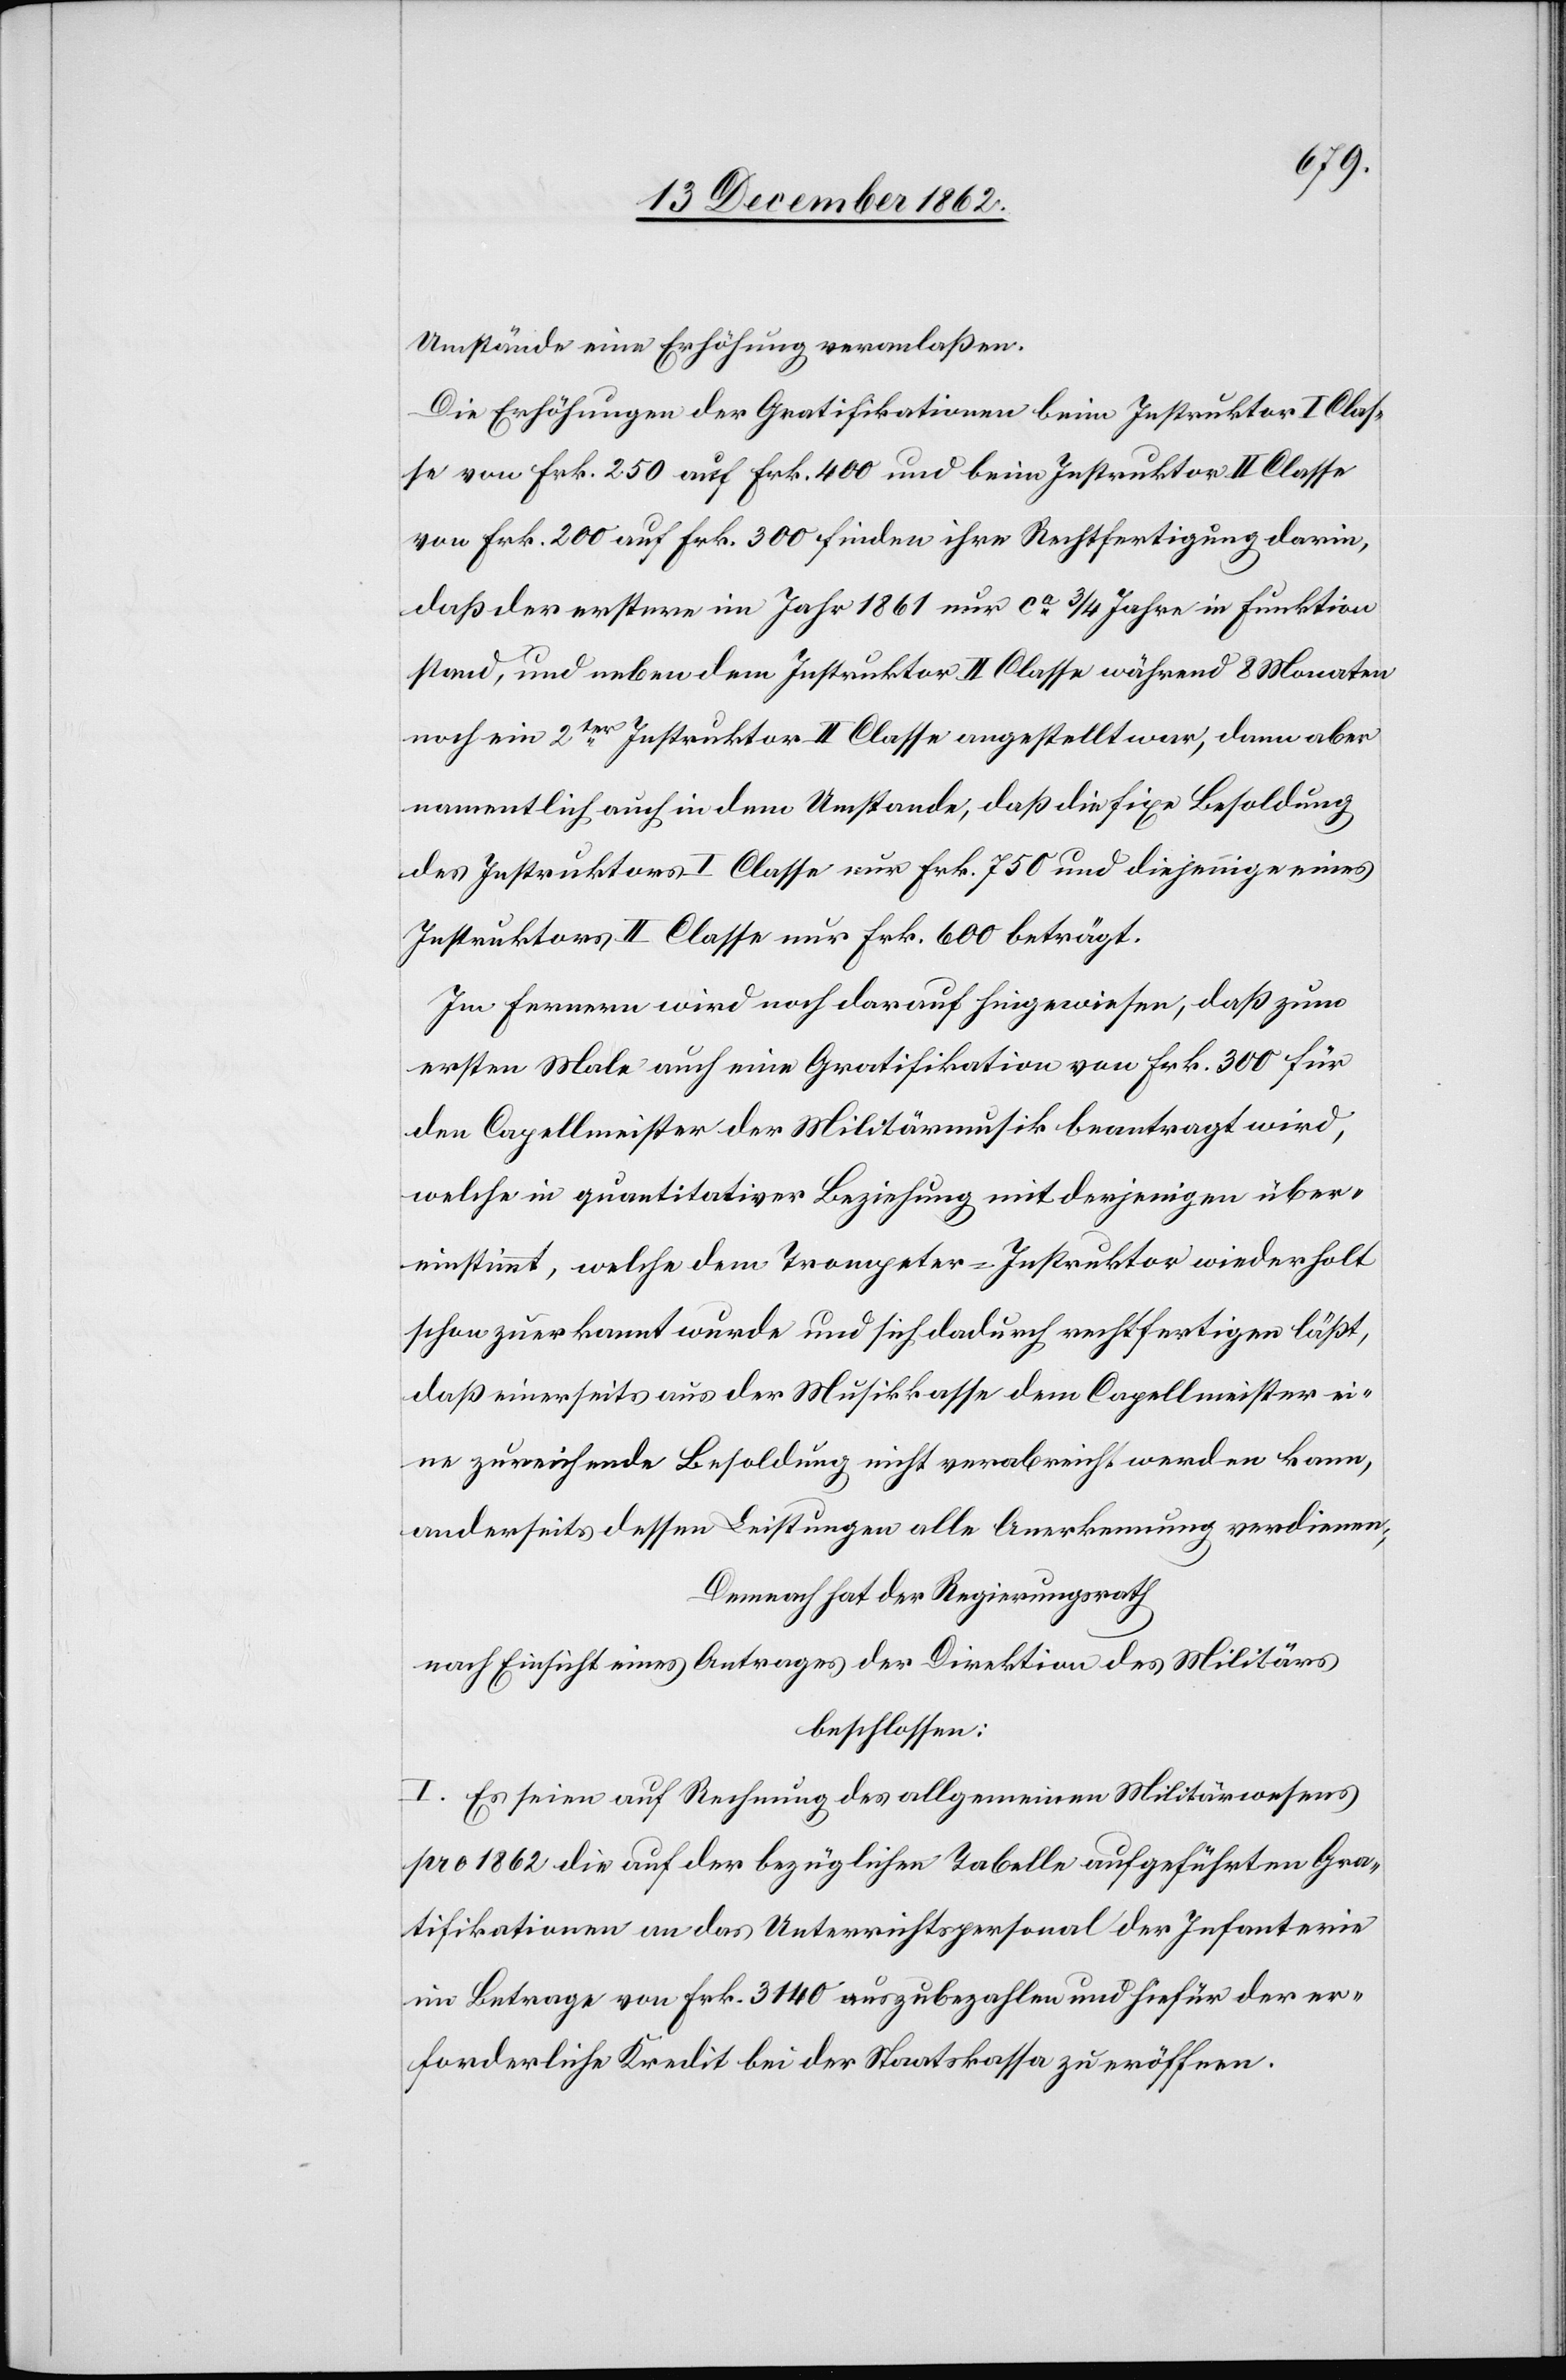
Umstände eine Erhöhung veranlaßen.
Die Erhöhungen der Gratifikationen beim Instruktor I Clas¬
se von Frk. 250 auf Frk. 400 und beim Instruktor II Classe
von Frk. 200 auf Frk. 300 finden ihre Rechtfertigung darin,
daß der erstere im Jahr 1861 nur ca 3/4 Jahre in Funktion
stand, und neben dem Instruktor II Classe während 8 Monaten
noch ein 2ter Instruktor II Classe angestellt war, dann aber
namentlich auch in dem Umstande, daß die fixe Besoldung
des Instruktors I Classe nur Frk. 750 und diejenigen eines
Instruktors II Classe nur Frk. 600 beträgt.
Im fernern wird noch darauf hingewiesen, daß zum
ersten Male auch eine Gratifikation von Frk. 300 für
den Capellmeister der Militärmusik beantragt wird,
welche in quantitativer Beziehung mit derjenigen über¬
einstimmt, welche dem Trompeter-Instruktor wiederholt
schon zuerkannt wurde und sich dadurch rechtfertigen läßt,
daß einerseits aus der Musikkasse dem Capellmeister ei¬
ne zureichende Besoldung nicht verabreicht werden kann,
anderseits dessen Leistungen alle Anerkennung verdienen;
Demnach hat der Regierungsrath
nach Einsicht eines Antrages der Direktion des Militärs
beschlossen:
I. Es seien auf Rechnung des allgemeinen Militärwesens
pro 1862 die auf der bezüglichen Tabelle aufgeführten Gra¬
tifikationen an das Unterrichtspersonal der Infanterie
im Betrage von Frk. 3140 auszubezahlen und hiefür der er¬
forderliche Kredit bei der Staatskassa zu eröffnen.